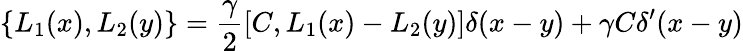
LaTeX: \{ L_{1}(x),L_{2}(y)\} =\frac{\gamma}{2}[C,L_{1}(x)-L_{2}(y)]\delta(x-y)+\gamma C\delta^{\prime}(x-y)